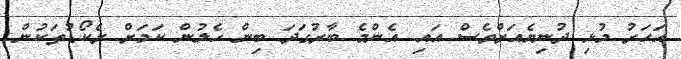
އަހަރު މުޅި ދުނިޔެއަށްވެސް އައި އެންމެ ބާރުގަދަ ބިން ހެލުން ކަމަށް ރެކޯޑުތަކުން